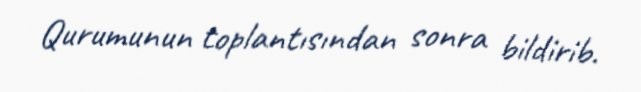
Qurumunun toplantısından sonra bildirib.